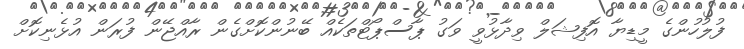
ފުލުހުންގެ މީޑިޔާ އޮފިޝަލް ވިދާޅުވީ ވަގު ޕާސްޕޯޓްތަކެއް ބޭނުންކޮށްގެން ރާއްޖޭން ފުރަން އުޅެނިކޮށް